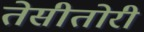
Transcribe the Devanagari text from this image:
तेसीतोरी